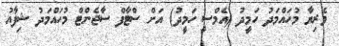
ވެރިޔާ މުހައްމަދު ހަމީދު (އެމްސީ ހަމީދު) އަށް ސްޓާފް ސާޖެންޓް މުހައްމަދު ޝިފާއު